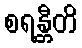
စရန္တီတိ